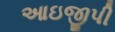
આઇજીપી